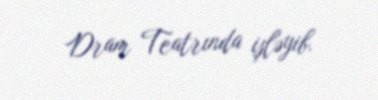
Dram Teatrında işləyib.